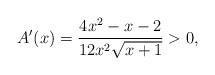
LaTeX: \begin{align*}A'(x)=\frac{4x^2-x-2}{12x^2\sqrt{x+1}}>0,\end{align*}